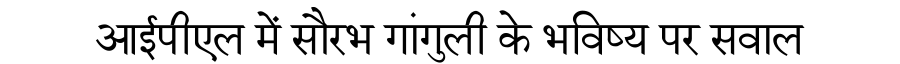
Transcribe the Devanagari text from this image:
आईपीएल में सौरभ गांगुली के भविष्य पर सवाल